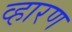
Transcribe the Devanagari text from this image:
व्हारण